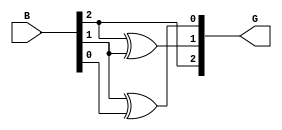
module gray_code_encoder #(parameter n = 3) (
    input  wire [n-1:0] B,  // n-bit binary input
    output wire [n-1:0] G   // n-bit Gray code output
);

// Gray code conversion logic
assign G[n-1] = B[n-1]; // Most Significant Bit (MSB) remains the same
genvar i;
generate
    for (i = n-2; i >= 0; i = i - 1) begin : gray_logic
        assign G[i] = B[i+1] ^ B[i]; // G[i] = B[i+1] XOR B[i]
    end
endgenerate

endmodule